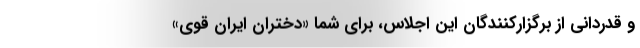
و قدردانی از برگزارکنندگان این اجلاس، برای شما «دختران ایران قوی»